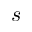
s